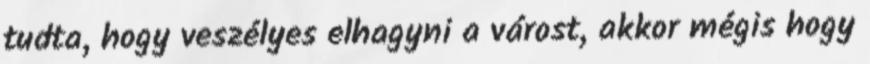
tudta, hogy veszélyes elhagyni a várost, akkor mégis hogy